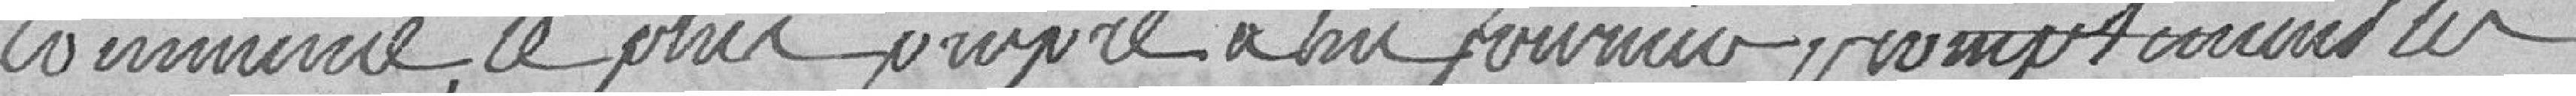
commune, le plus propre à lui fournir promptement ces